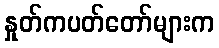
နှုတ်ကပတ်တော်များက